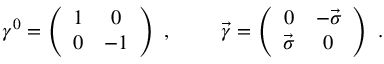
\gamma ^ { 0 } = \left( \begin{array} { c c } { { 1 } } & { { 0 } } \\ { { 0 } } & { { - 1 } } \end{array} \right) ~ , ~ ~ ~ ~ ~ ~ ~ \vec { \gamma } = \left( \begin{array} { c c } { { 0 } } & { { - \vec { \sigma } } } \\ { { \vec { \sigma } } } & { { 0 } } \end{array} \right) ~ .